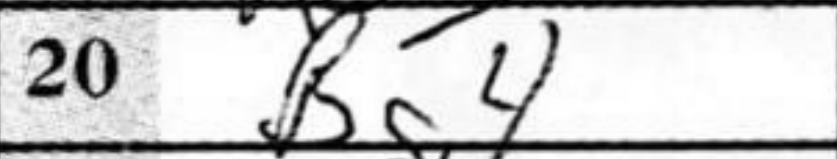
Transcription: Bg4